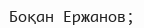
Боқан Ержанов;